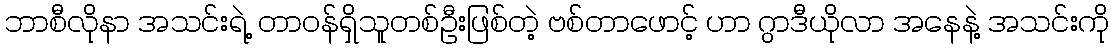
ဘာစီလိုနာ အသင်းရဲ့ တာဝန်ရှိသူတစ်ဦးဖြစ်တဲ့ ဗစ်တာဖောင့် ဟာ ဂွာဒီယိုလာ အနေနဲ့ အသင်းကို